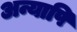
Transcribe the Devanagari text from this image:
अन्यापि